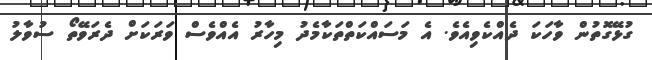
ގުޅޭގޮތުން ވާހަކަ ދެއްކެވިއެވެ. އެ މަސައްކަތްތަކާމެދު މިހާރު އެއްވެސް ވަރަކަށް ދެރަވޭތޯ ސުވާލު